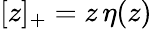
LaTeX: {[z]_{+}=z\, \eta(z)}